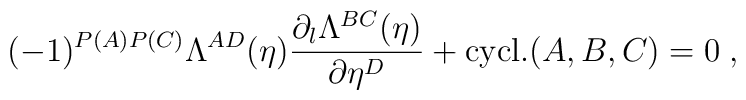
(-1)^{P(A)P(C)}\Lambda^{AD}(\eta)\frac{\partial_l\Lambda^{BC}(\eta)}{\partial \eta^D}+ {\rm cycl.}(A,B,C)=0\;,